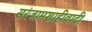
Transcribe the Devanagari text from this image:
सरंजामशाहीवादी